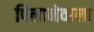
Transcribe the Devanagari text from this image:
पिलानेवाला